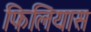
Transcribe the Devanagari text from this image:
फिलियास